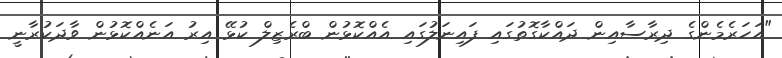
"އަހަރެމެންގެ ދިރާސާއިން ދައްކާގޮތުގައި ފައިނަލުގައި އެއްކޮޅުން ބްރެޒިލް ކުޅޭ އިރު އަނެއްކޮޅުން ވާދަކުރާނީ